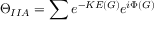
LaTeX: \Theta _ { I I A } = \sum e ^ { - K E ( G ) } e ^ { i \Phi ( G ) }